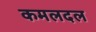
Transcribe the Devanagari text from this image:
कमलदल